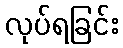
လုပ်ရခြင်း